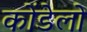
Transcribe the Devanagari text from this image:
कोंडेलो